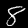
Label: 8